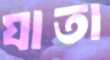
যাতা